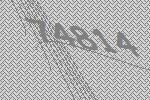
74814